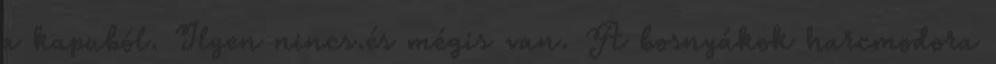
a kapuból. Ilyen nincs.és mégis van. A bosnyákok harcmodora